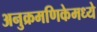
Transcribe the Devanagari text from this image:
अनुक्रमणिकेमध्ये